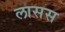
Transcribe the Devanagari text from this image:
लासस